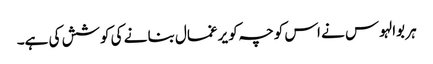
ہر بوالہوس نے اس کوچہ کو یرغمال بنا نے کی کوشش کی ہے۔